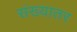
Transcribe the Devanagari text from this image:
संख्यातर